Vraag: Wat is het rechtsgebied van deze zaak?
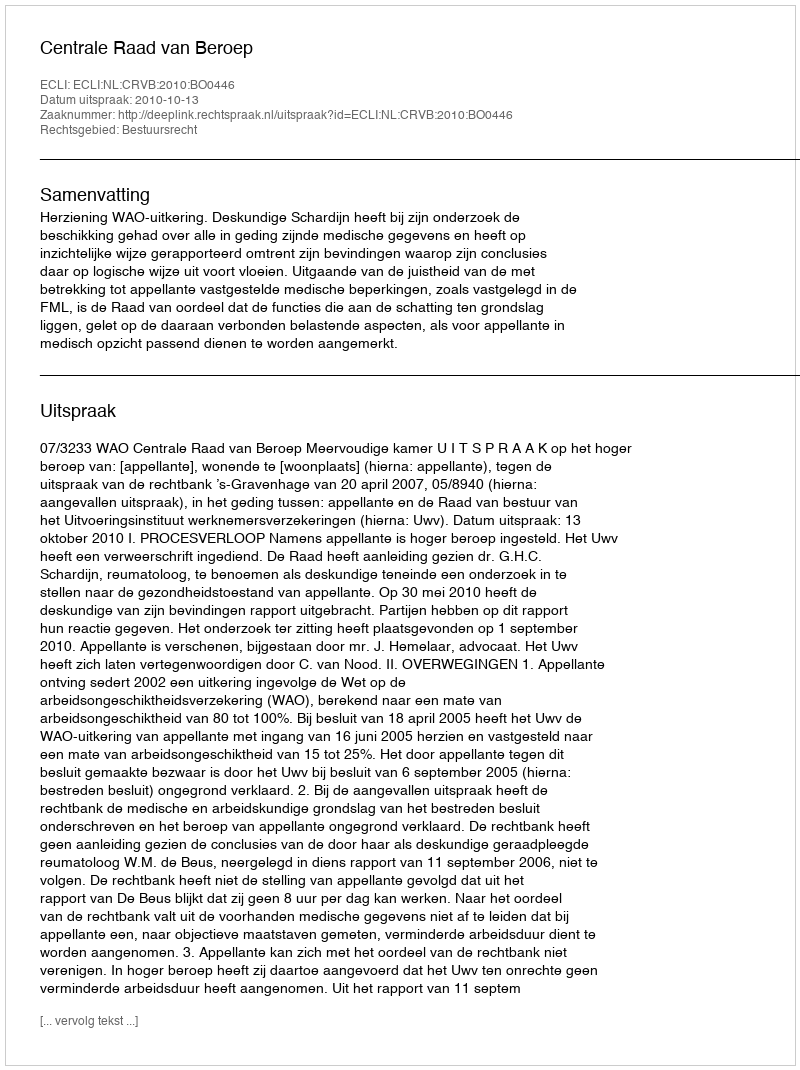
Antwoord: Bestuursrecht